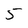
Character: 5